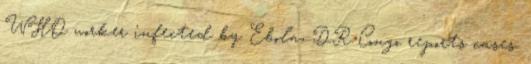
WHO worker infected by Ebola, DR Congo reports cases.